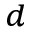
^ d